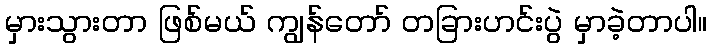
မှားသွားတာ ဖြစ်မယ် ကျွန်တော် တခြားဟင်းပွဲ မှာခဲ့တာပါ။